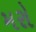
મરો